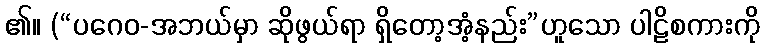
၏။ (“ပဂေဝ-အဘယ်မှာ ဆိုဖွယ်ရာ ရှိတော့အံ့နည်း”ဟူသော ပါဠိစကားကို